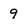
Character: 9